system: You are a helpful assistant.
user:
Analyze the provided spectrum to determine if it is a **"Cataclysmic Variables (CV)"**.

- **Key Indicators for CV (Check for either state):**
    - **State 1: Quiescent / Low-State (Emission-Dominated)**
        - **(Primary):** Strong and *very broad* Hydrogen Balmer emission lines (e.g., $H\alpha$ at 6563 Å, $H\beta$ at 4861 Å). The 'broadness' (high velocity dispersion, often FWHM > 1000 km/s) is the key diagnostic, indicating a high-velocity accretion disk.
        - **(Secondary):** Broad neutral Helium (He I) emission lines (e.g., 5876 Å, 6678 Å).
        - **(Key Confirmation):** Presence of high-excitation *ionized* Helium (He II) emission at 4686 Å. This is a strong indicator of accretion onto a white dwarf.
        - **(Line Profile):** Emission lines may exhibit a 'double-peaked' profile, which is a classic signature of a rotating accretion disk viewed at high inclination.

    - **State 2: Outburst / High-State (Absorption-Dominated)**
        - **(Primary):** Spectrum is dominated by a bright, blue continuum (looks like a hot star).
        - **(Secondary):** The emission lines from State 1 are weak, absent, or 'filled in', and are replaced by broad, shallow *absorption* lines (primarily Balmer and He I).
        - **(Morphology):** The overall spectrum mimics a hot B/A-type star. The crucial difference is that the absorption lines are significantly broader, shallower, and more 'washed-out' (or 'smeared') than the sharp lines of a normal stellar photosphere, due to high rotational speeds and pressure broadening in the disk.

Think first, call **spectral_visualization_tool** if needed to examine features in detail, then provide your final answer. Your response must adhere to the following strict rules:
1.  **Overall Structure:** Your response must follow the format `<think>...</think> <tool_call>...</tool_call> (if a tool is used) <answer>...</answer>`.
2.  **Tool Usage Constraint:** You may only make **one** tool call per turn.
3.  **Final Answer Format:** In the `<answer>` tag, your conclusion must be inside a `\boxed{}` command (e.g., `\boxed{YES}`), followed by your justification.

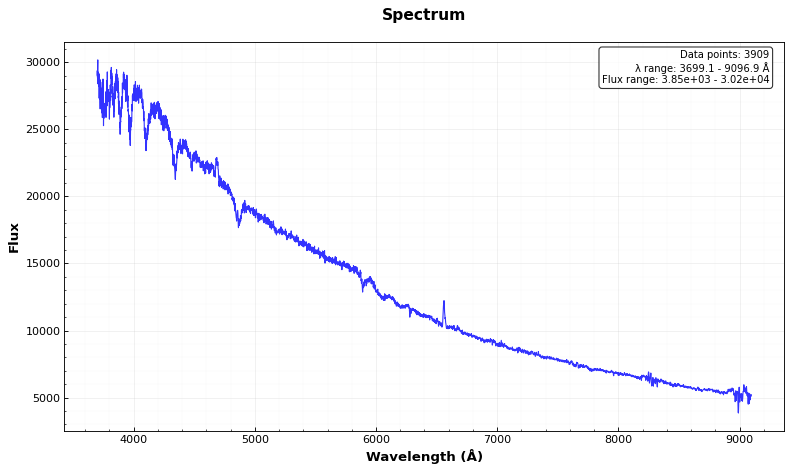
Answer: YES